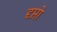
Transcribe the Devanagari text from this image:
दृप्तो